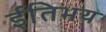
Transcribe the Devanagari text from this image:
ईतिभय